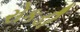
રોકડી